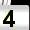
Digit: 4